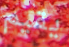
يقيم